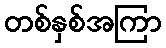
တစ်နှစ်အကြာ